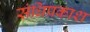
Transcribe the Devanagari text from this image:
संधिप्रकाश